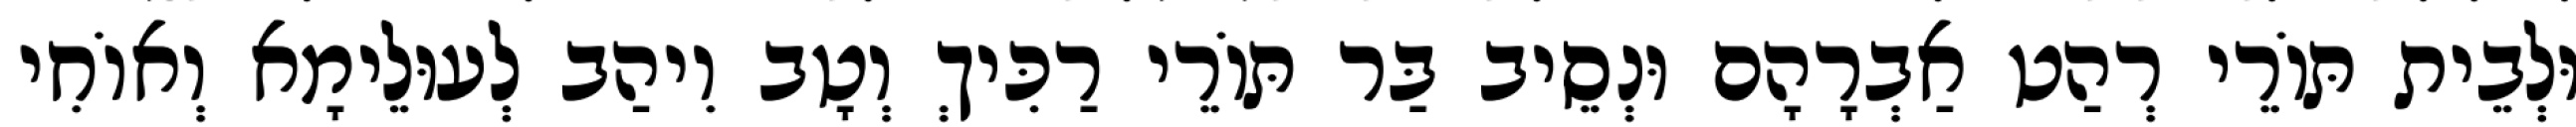
וּלְבֵית תּוֹרֵי רְהַט אַבְרָהָם וּנְסֵיב בַּר תּוֹרֵי רַכִּיךְ וְטָב וִיהַב לְעוּלֵימָא וְאוֹחִי